Annual administration report of the Civil Veterinary Department of India - 1894-1895
Year: 1894
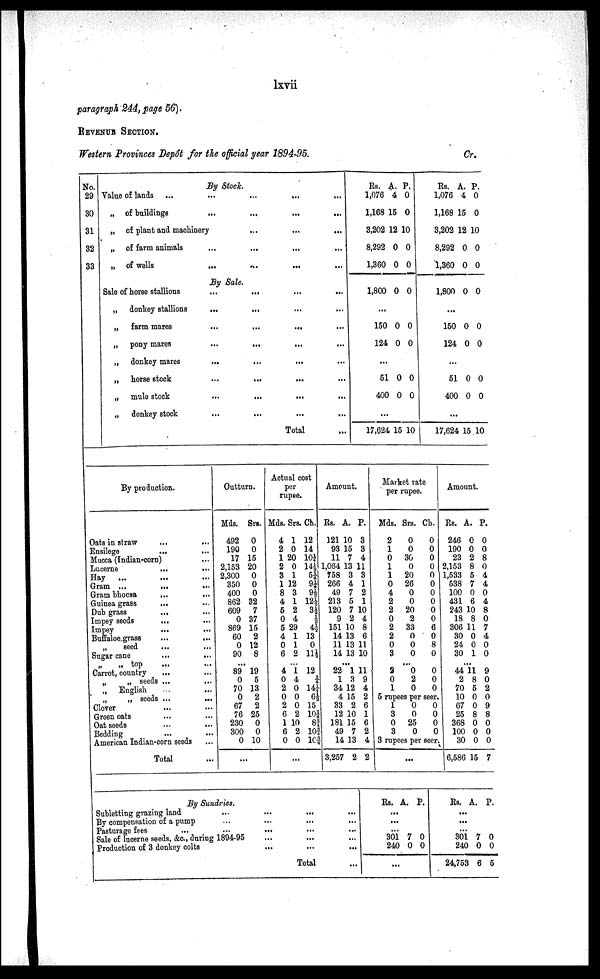
lxvii
paragraph 244, page 56).
REVENUE SECTION.
Western Provinces Depôt for the official year 1894-95.
Cr.
No.
29
30
31
32
33
By Stock.
Value of lands ...
...
...
...
„ of buildings ... ... ... ...
„ of plant and machinery
...
...
...
„ of farm animals
...
...
...
...
„ of wells
...
...
...
...
By Sale.
Sale of horse stallions
...
...
„ donkey stallions
... ... ... ....
„ farm mares
...
...
...
„ pony mares
...
...
...
„ donkey mares
... ... ... ...
„ horse stock
...
...
...
...
„ mule stock
...
...
...
...
„ donkey stock
...
...
...
...
Total
Rs.
1,076
1,168
3,202
8,292
1,360
1,800
A.
4
15
12
0
0
0
P.
0
0
10
0
0
0
...
150
124
0
0
0
0
...
51
400
0
0
0
0
...
17,624 15 10
Rs.
1,076
1,168
3,202
8,292
1,360
1,800
A.
4
15
12
0
0
0
P.
0
0
10
0
0
0
...
150
124
0
0
0
0
...
51
400
0
0
0
0
...
17,624 15 10
By production.
Oats in straw
... ...
Ensilege ... ...
Mucca (Indian-corn) ...
Lucerne
...
Hay ...
...
Gram ...
...
Gram bhocsa
...
...
Guinea grass
... ...
Dub grass
... ...
Impey seeds
... ...
Impey
... ...
Bufialoe grass ... ...
„
seed ... ...
Sugar cane
...
...
„
„ top ... ...
Carrot, country ... ...
„
„ seeds ... ...
„ English ... ...
„
„ seeds ...
...
Clover ... ...
Green oats ... ...
Oat seeds ... ...
Bedding ... ...
American Indian-corn seeds ....
Total ...
Outturn.
Mds.
492
190
17
2,153
2,300
350
400
862
609
0
869
60
0
90
Srs.
0
0
15
20
0
0
0
32
7
37
15
2
12
8
...
89
0
70
0
67
76
230
300
0
19
5
13
2
2
25
0
0
10
...
Actual cost
per
rupee.
Mds.
4
2
1 2
2
3
1
8
4
5
0
5
4
0
6
Srs.
1
0
0
0
1
12
3
1
2
4
29
1
1
2
Ch.
12
14
10¼
14½
5¼
9¼
9½
12½
3½
½
4½
13
0
11½
...
4
0
2
0
2
6
1
6
0
1
4
0
0
0
2
10
2
0
12
¾
14¼
6½
15
10¾
8¾
10¾
10¾
...
Amount.
Rs.
121
93
11
1,064
758
266
49
213
120
9
151
14
11
14
A.
10
15
7
13
3
4
7
5
7
2
10
13
13
13
P.
3
3
4
11
3
1
2
1
10
4
8
6
11
10
...
22
1
34
4
33
12
181
49
14
3,257
1
3
12
15
2
10
15
7
13
2
11
9
4
2
6
1
6
2
4
2
Market rate
Mds.
2
1
0
1
1
0
4
2
2
0
2
2
0
3
Srs.
0
0
30
0
20
26
0
0
20
2
33
0
0
0
Ch.
0
0
0
0
0
0
0
0
0
0
6
0
8
0
...
2
0
1
0
2
0
0
0
0
5 rupees per seer.
1
3
0
3
0
0
25
0
0
0
0
0
3 rupees per seer.
...
Amount.
Rs.
246
190
23
2,153
1,533
538
100
431
243
18
306
30
24
30
A.
0
0
2
8
5
7
0
6
10
8
11
0
0
1
P.
0
0
8
0
4
4
0
4
8
0
7
4
0
0
...
44
2
70
10
67
25
368
100
30
6,586
11
8
5
0
0
8
0
0
0
15
9
0
2
0
9
8
0
0
0
7
By Sundries.
Subletting grazing land
...
...
...
By compensation of a pump
...
...
Pasturage fees
...
...
... ... ...
Sale of lucerne seeds, &c, during 1894-95...
...
Production of 3 donkey colts...
...
Total
...
Rs. A. P.
...
...
...
301
240
7
0
0
0
...
Rs. A. P.
...
...
...
301
240
24,753
7
0
6
0
0
5